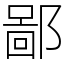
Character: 鄙